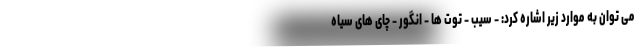
می توان به موارد زیر اشاره کرد: - سیب - توت ها - انگور - چای های سیاه